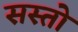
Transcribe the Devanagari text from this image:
सस्तो